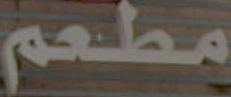
مطعم